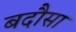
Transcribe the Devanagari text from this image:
बदौसा